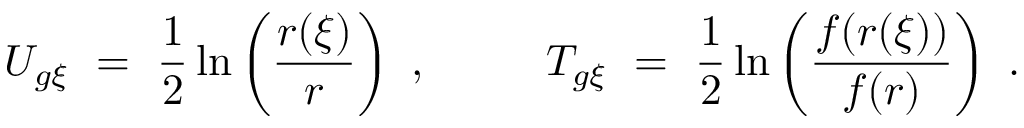
U _ { g \xi } \ = \ \frac { 1 } { 2 } \ln \left( \frac { r ( \xi ) } { r } \right) \ , \ \ \ \ \ \ \ \ T _ { g \xi } \ = \ \frac { 1 } { 2 } \ln \left( \frac { f ( r ( \xi ) ) } { f ( r ) } \right) \ .